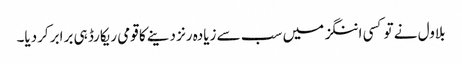
بلاول نے تو کسی اننگز میں سب سے زیادہ رنز دینے کا قومی ریکارڈ ہی برابر کردیا۔